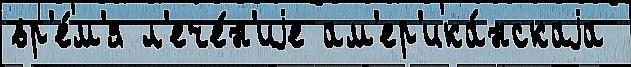
вр'е́м'я л'ече́н'иjе ам'ер'ика́нскаjа